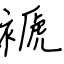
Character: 褫